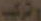
وتركيب